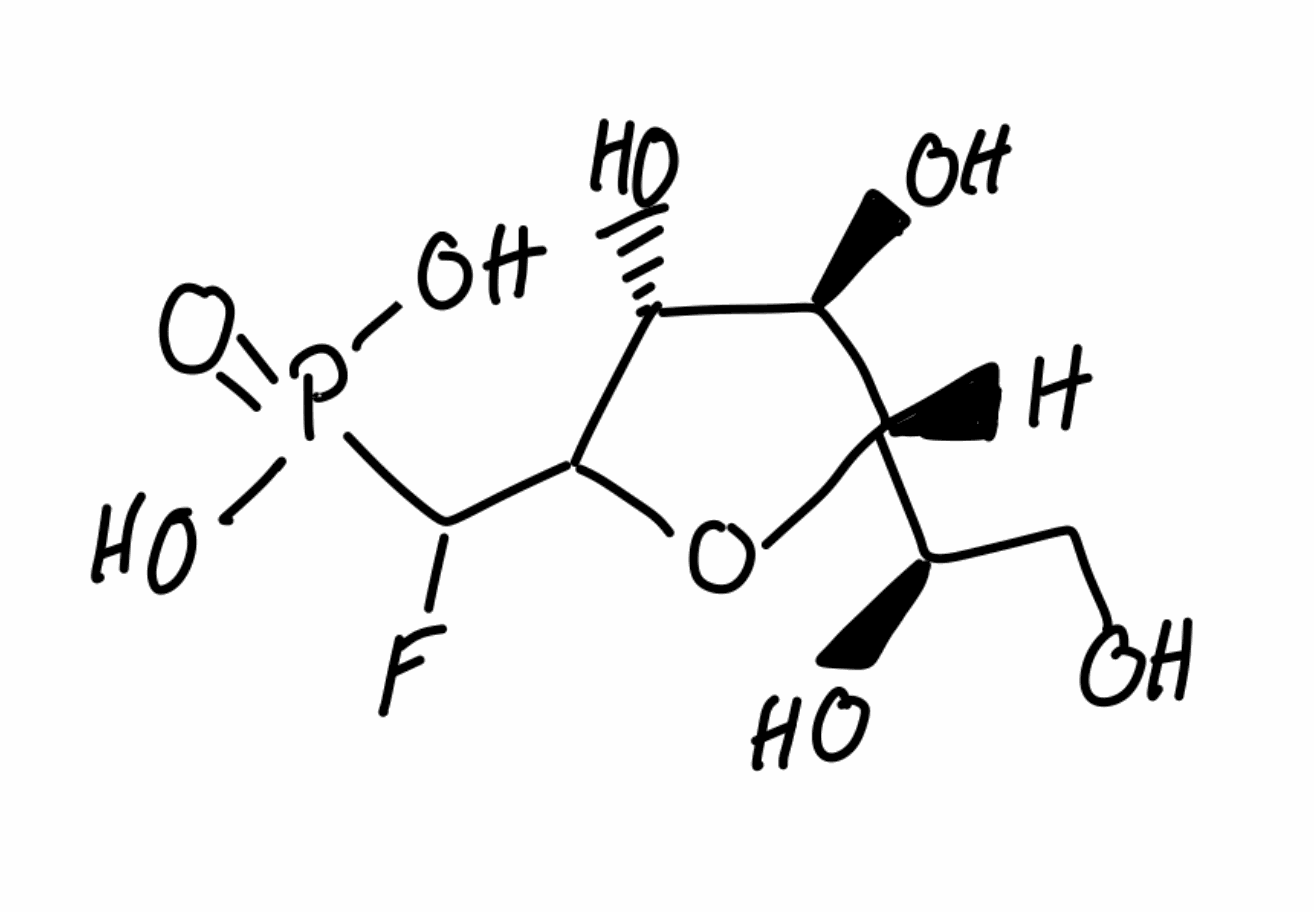
Simplified molecular-input line-entry system (SMILES) notation of the given molecule:
C([C@H]([C@H]1[C@@H]([C@H](/C(=C(/F)\P(=O)(O)O)/O1)O)O)O)O